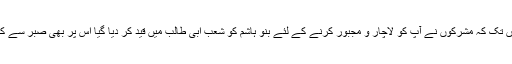
۶-یہاں تک کہ مشرکوں نے آپ کو لاچار و مجبور کرنے کے لئے بنو ہاشم کو شعب ابی طالب میں قید کر دیا گیا اس پر بھی صبر سے کام لیا۔